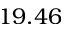
1 9 . 4 6